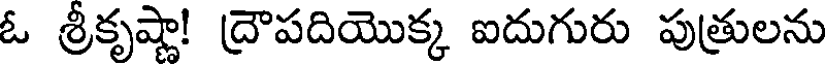
ఓ శ్రీకృష్ణా! ద్రౌపదియొక్క ఐదుగురు పుత్రులను